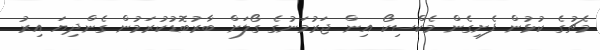
މެޗުގެ ކުޅުން ފެށިގެން މެކްސިކޯ އިން ޖަރުމަނުގެ ގޯލަށް ބާރުބޮޑުކުރަމުން ގެންދިޔަ އިރު